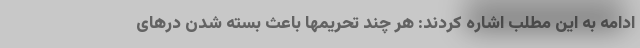
ادامه به این مطلب اشاره کردند: هر چند تحریمها باعث بسته شدن درهای